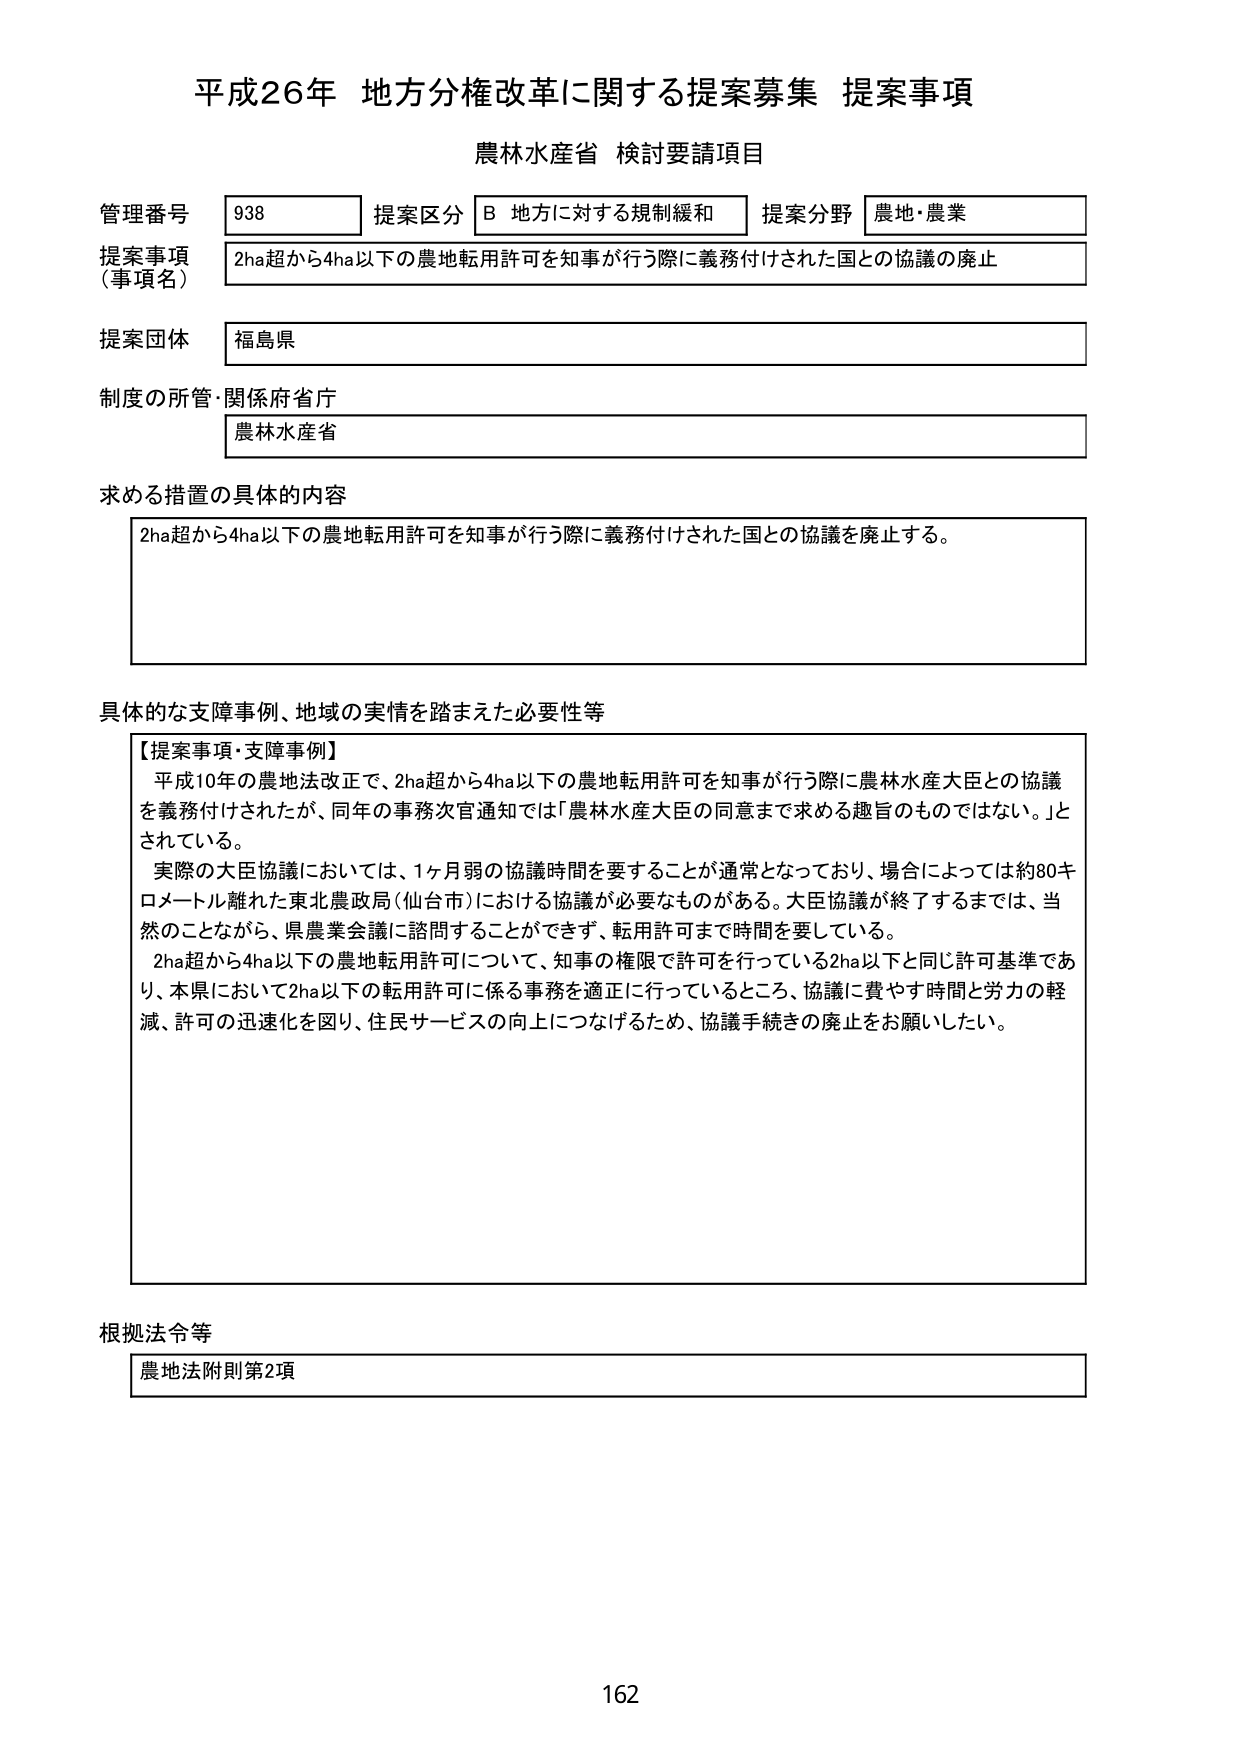
平成26年 地方分権改革に関する提案募集 提案事項
農林水産省 検討要請項目

管理番号 938 提案区分 B 地方に対する規制緩和 提案分野 農地・農業
提案事項（事項名） 2ha超から4ha以下の農地転用許可を知事が行う際に義務付けされた国との協議の廃止
提案団体 福島県
制度の所管・関係府省庁 農林水産省

求める措置の具体的内容
2ha超から4ha以下の農地転用許可を知事が行う際に義務付けされた国との協議を廃止する。

具体的な支障事例、地域の実情を踏まえた必要性等
【提案事項・支障事例】
平成10年の農地法改正で、2ha超から4ha以下の農地転用許可を知事が行う際に農林水産大臣との協議を義務付けされたが、同年の事務次官通知では「農林水産大臣の同意まで求める趣旨のものではない。」とされている。
実際の大臣協議においては、1ヶ月弱の協議時間を要することが通常となっており、場合によっては約80キロメートル離れた東北農政局（仙台市）における協議が必要なものがある。大臣協議が終了するまでは、当然のことながら、県農業会議に諮問することができず、転用許可まで時間を要している。
2ha超から4ha以下の農地転用許可について、知事の権限で許可を行っている2ha以下と同じ許可基準であり、本県において2ha以下の転用許可に係る事務を適正に行っているところ、協議に費やす時間と労力の軽減、許可の迅速化を図り、住民サービスの向上につなげるため、協議手続きの廃止をお願いしたい。

根拠法令等
農地法附則第2項

162